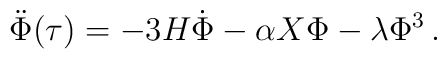
\ddot{\Phi}(\tau)=-3H\dot{\Phi}-\alpha X\Phi-\lambda \Phi^{3}\,.